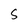
Character: S